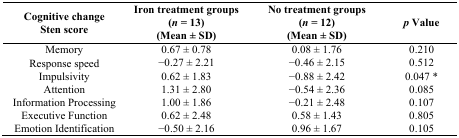
| Cognitive change Sten score | Iron treatment groups (n = 13)(Mean ± SD) | No treatment groups (n = 12)(Mean ± SD) | p Value |
 | --- | --- | --- | --- |
 | Memory | 0.67 ± 0.78 | 0.08 ± 1.76 | 0.210 |
 | Response speed | −0.27 ± 2.21 | −0.46 ± 2.15 | 0.512 |
 | Impulsivity | 0.62 ± 1.83 | −0.88 ± 2.42 | 0.047 * |
 | Attention | 1.31 ± 2.80 | −0.54 ± 2.36 | 0.085 |
 | Information Processing | 1.00 ± 1.86 | −0.21 ± 2.48 | 0.107 |
 | Executive Function | 0.62 ± 2.48 | 0.58 ± 1.43 | 0.805 |
 | Emotion Identification | −0.50 ± 2.16 | 0.96 ± 1.67 | 0.105 |